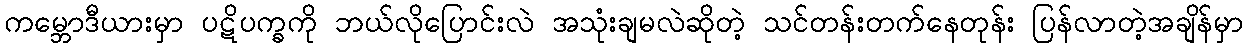
ကမ္ဘောဒီယားမှာ ပဋိပက္ခကို ဘယ်လိုပြောင်းလဲ အသုံးချမလဲဆိုတဲ့ သင်တန်းတက်နေတုန်း ပြန်လာတဲ့အချိန်မှာ